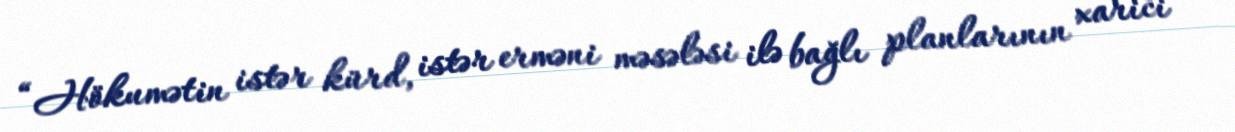
“Hökumətin istər kürd, istər erməni məsələsi ilə bağlı planlarının xarici